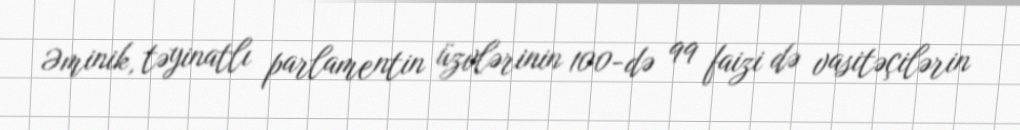
Əminik, təyinatlı parlamentin üzvlərinin 100-də 99 faizi də vasitəçilərin